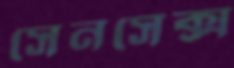
সেনসেক্স